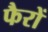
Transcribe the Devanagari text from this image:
फैरों